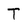
Character: T